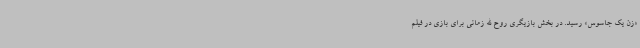
«زن یک جاسوس» رسید. در بخش بازیگری روح الله زمانی برای بازی در فیلم